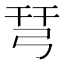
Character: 𢏗